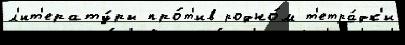
л'ит'ерату́ры про́т'ив родно́м т'етра́дк'и